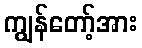
ကျွန်တော့်အား